Source: Handwritten
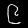
Digit: ၉ (9)